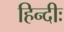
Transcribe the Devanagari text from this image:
हिन्दीः